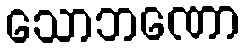
သောဘဏော